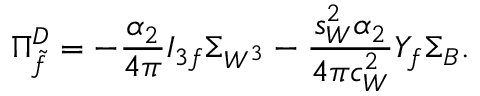
\Pi _ { \tilde { f } } ^ { D } = - \frac { \alpha _ { 2 } } { 4 \pi } I _ { 3 f } \Sigma _ { W ^ { 3 } } - \frac { s _ { W } ^ { 2 } \alpha _ { 2 } } { 4 \pi c _ { W } ^ { 2 } } Y _ { f } \Sigma _ { B } .